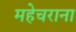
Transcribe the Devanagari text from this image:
महेचराना